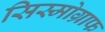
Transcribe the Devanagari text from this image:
सिस्मोग्राफ